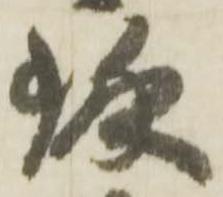
琢